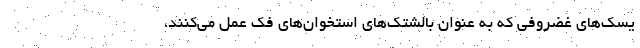
یسک‌های غضروفی که به عنوان بالشتک‌های استخوان‌های فک عمل می‌کنند،